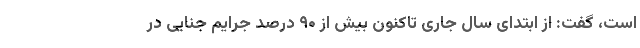
است، گفت: از ابتدای سال جاری تاکنون بیش از ۹۰ درصد جرایم جنایی در